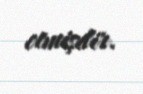
etmişdir.